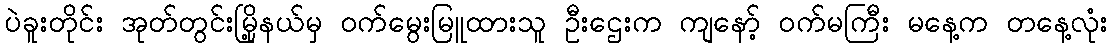
ပဲခူးတိုင်း အုတ်တွင်းမြို့နယ်မှ ဝက်မွေးမြူထားသူ ဦးဌေးက ကျနော့် ဝက်မကြီး မနေ့က တနေ့လုံး